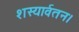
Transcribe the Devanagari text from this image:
शस्यार्वतन।